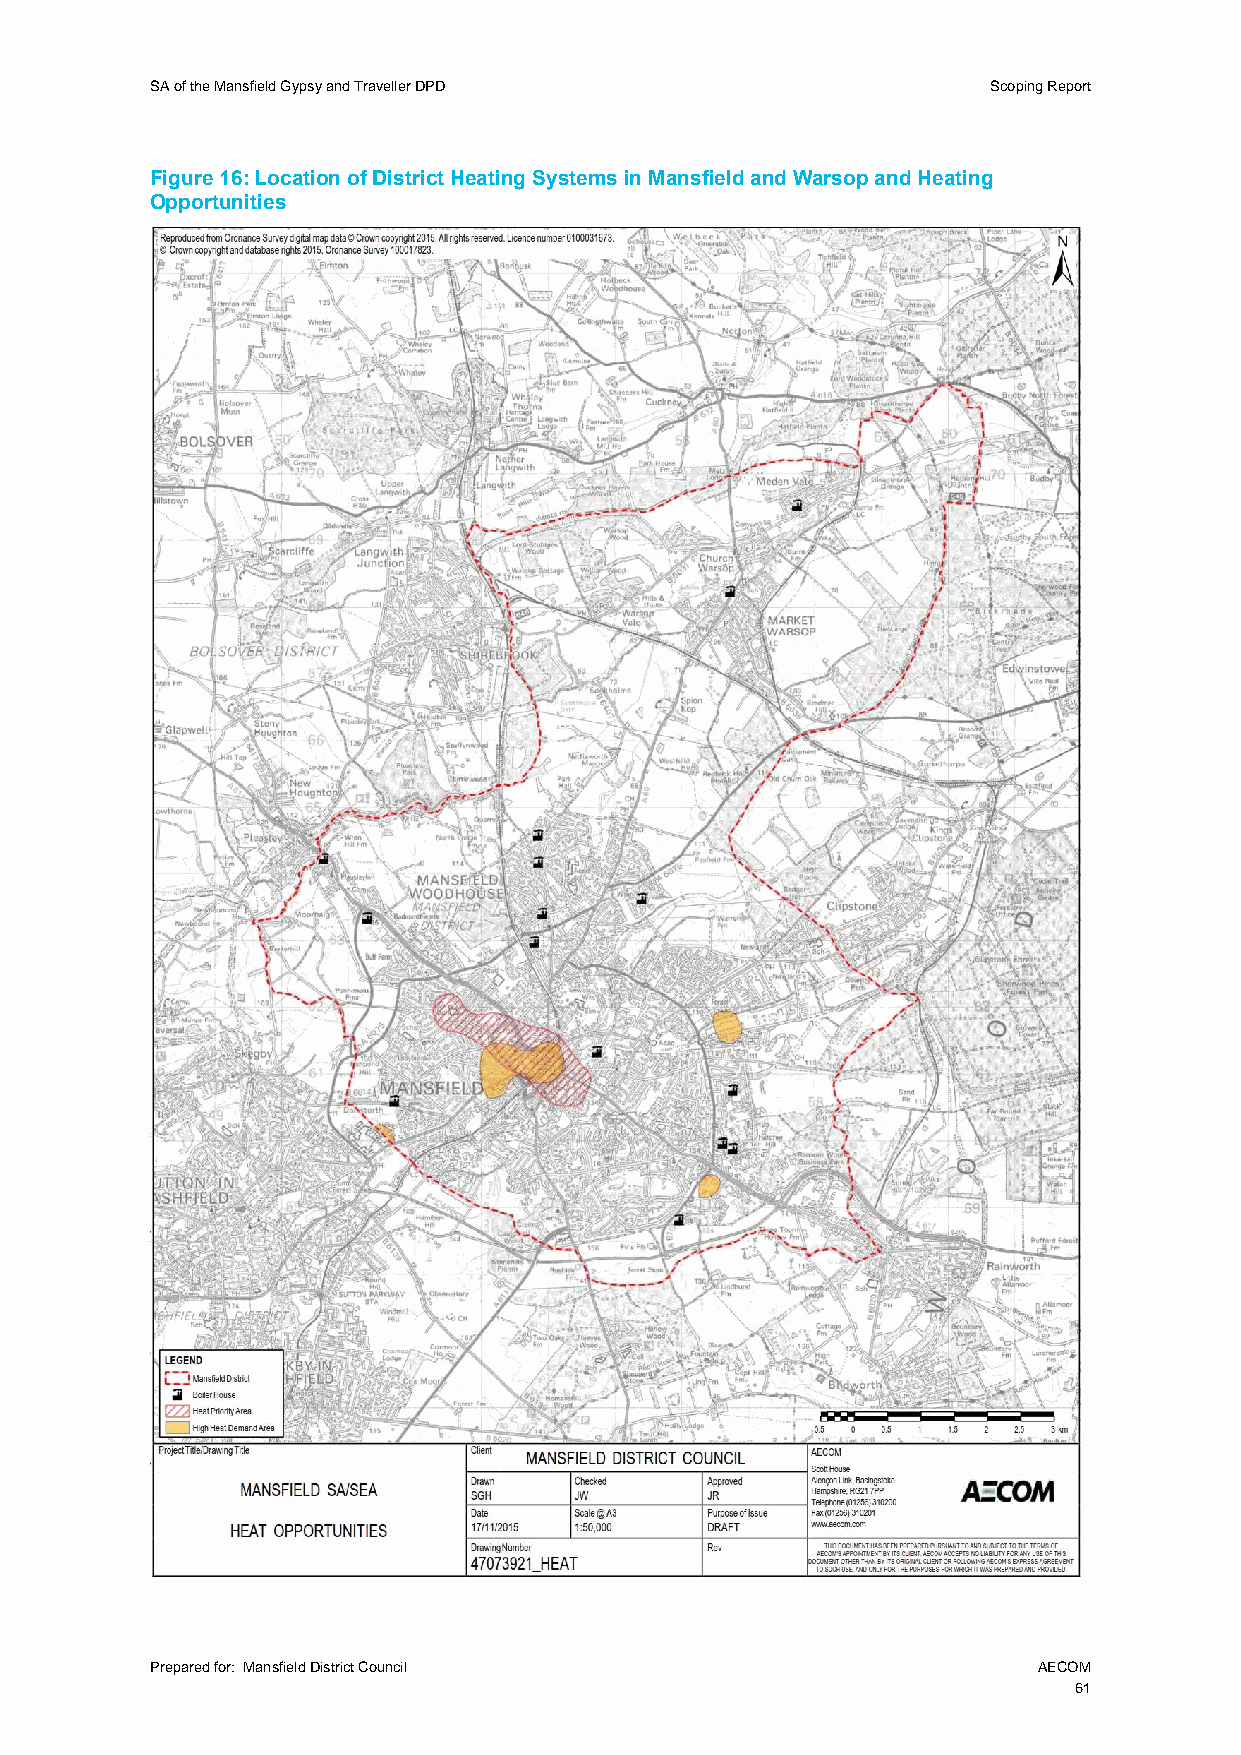
SA of the Mansfield Gypsy and Traveller DPD             Scoping Report
 Figure 16: Location of District Heating Systems in Mansfield and Warsop and Heating
 Opportunities
 Prepared for: Mansfield District Council                   AECOM
 61